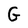
Character: G